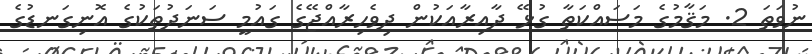
ނުވަތަ 2. މަޤާމުގެ މަސައްކަތާ ގުޅޭ ދާއިރާއަކުން ދިވެހިރާއްޖޭގެ ގައުމީ ސަނަދުތަކުގެ އޮނިގަނޑުގެ